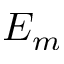
E _ { m }